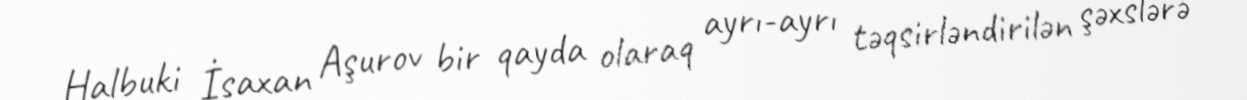
Halbuki İsaxan Aşurov bir qayda olaraq ayrı-ayrı təqsirləndirilən şəxslərə